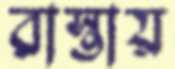
রাস্তায়